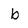
Character: b